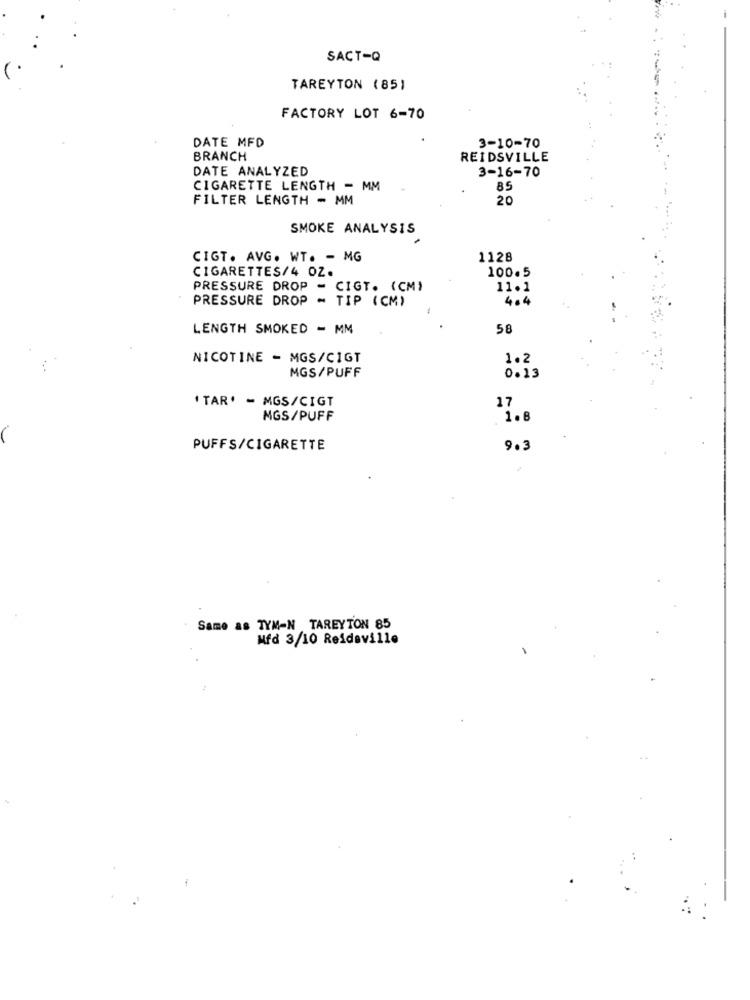
SACT-Q
TAREYTON (85)
FACTORY LOT 6-70
DATE MFD
3-10-70
BRANCH
REIDSVILLE
DATE ANALYZED
3-16-70
CIGARETTE LENGTH - MM
85
FILTER LENGTH - MM
20
SMOKE ANALYSIS
CIGT. AVG. WT. - MG
1128
CIGARETTES/4 OZ.
100.5
PRESSURE DROP - CIGT. (CM)
11.1
PRESSURE DROP - TIP (CM)
404
LENGTH SMOKED - MM
58
NICOTINE - MGS/CIGT
1.2
MGS/PUFF
0.13
' TAR' - MGS/CIGT
17
MGS/PUFF
1.8
PUFFS/CIGARETTE
9.3
Same as TYM-N TAREYTON 85
Hfd 3/10 Reideville